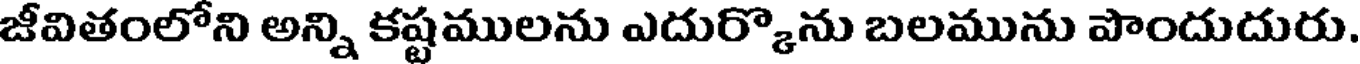
జీవితంలోని అన్ని కష్టములను ఎదుర్కొను బలమును పొందుదురు.